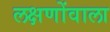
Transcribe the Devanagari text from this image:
लक्षणोंवाला